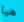
هيا